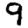
Digit: 9